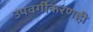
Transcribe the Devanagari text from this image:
उपवर्गीकरणही